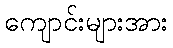
ကျောင်းများအား